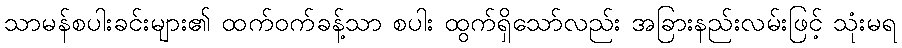
သာမန်စပါးခင်းများ၏ ထက်ဝက်ခန့်သာ စပါး ထွက်ရှိသော်လည်း အခြားနည်းလမ်းဖြင့် သုံးမရ